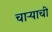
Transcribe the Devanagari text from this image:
चाऱ्याची